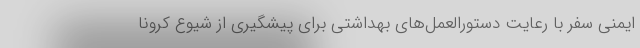
ایمنی سفر با رعایت دستورالعمل‌های بهداشتی برای پیشگیری از شیوع کرونا